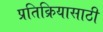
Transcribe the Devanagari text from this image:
प्रतिक्रियासाठी